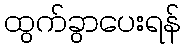
ထွက်ခွာပေးရန်